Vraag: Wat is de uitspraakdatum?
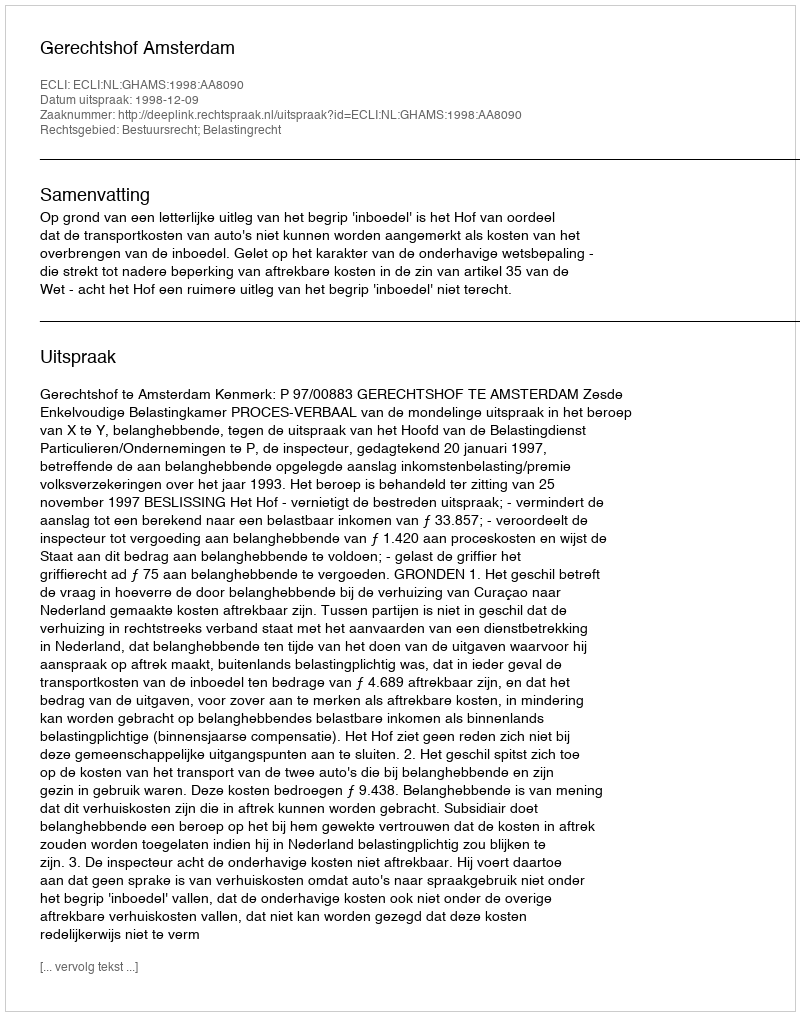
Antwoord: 1998-12-09